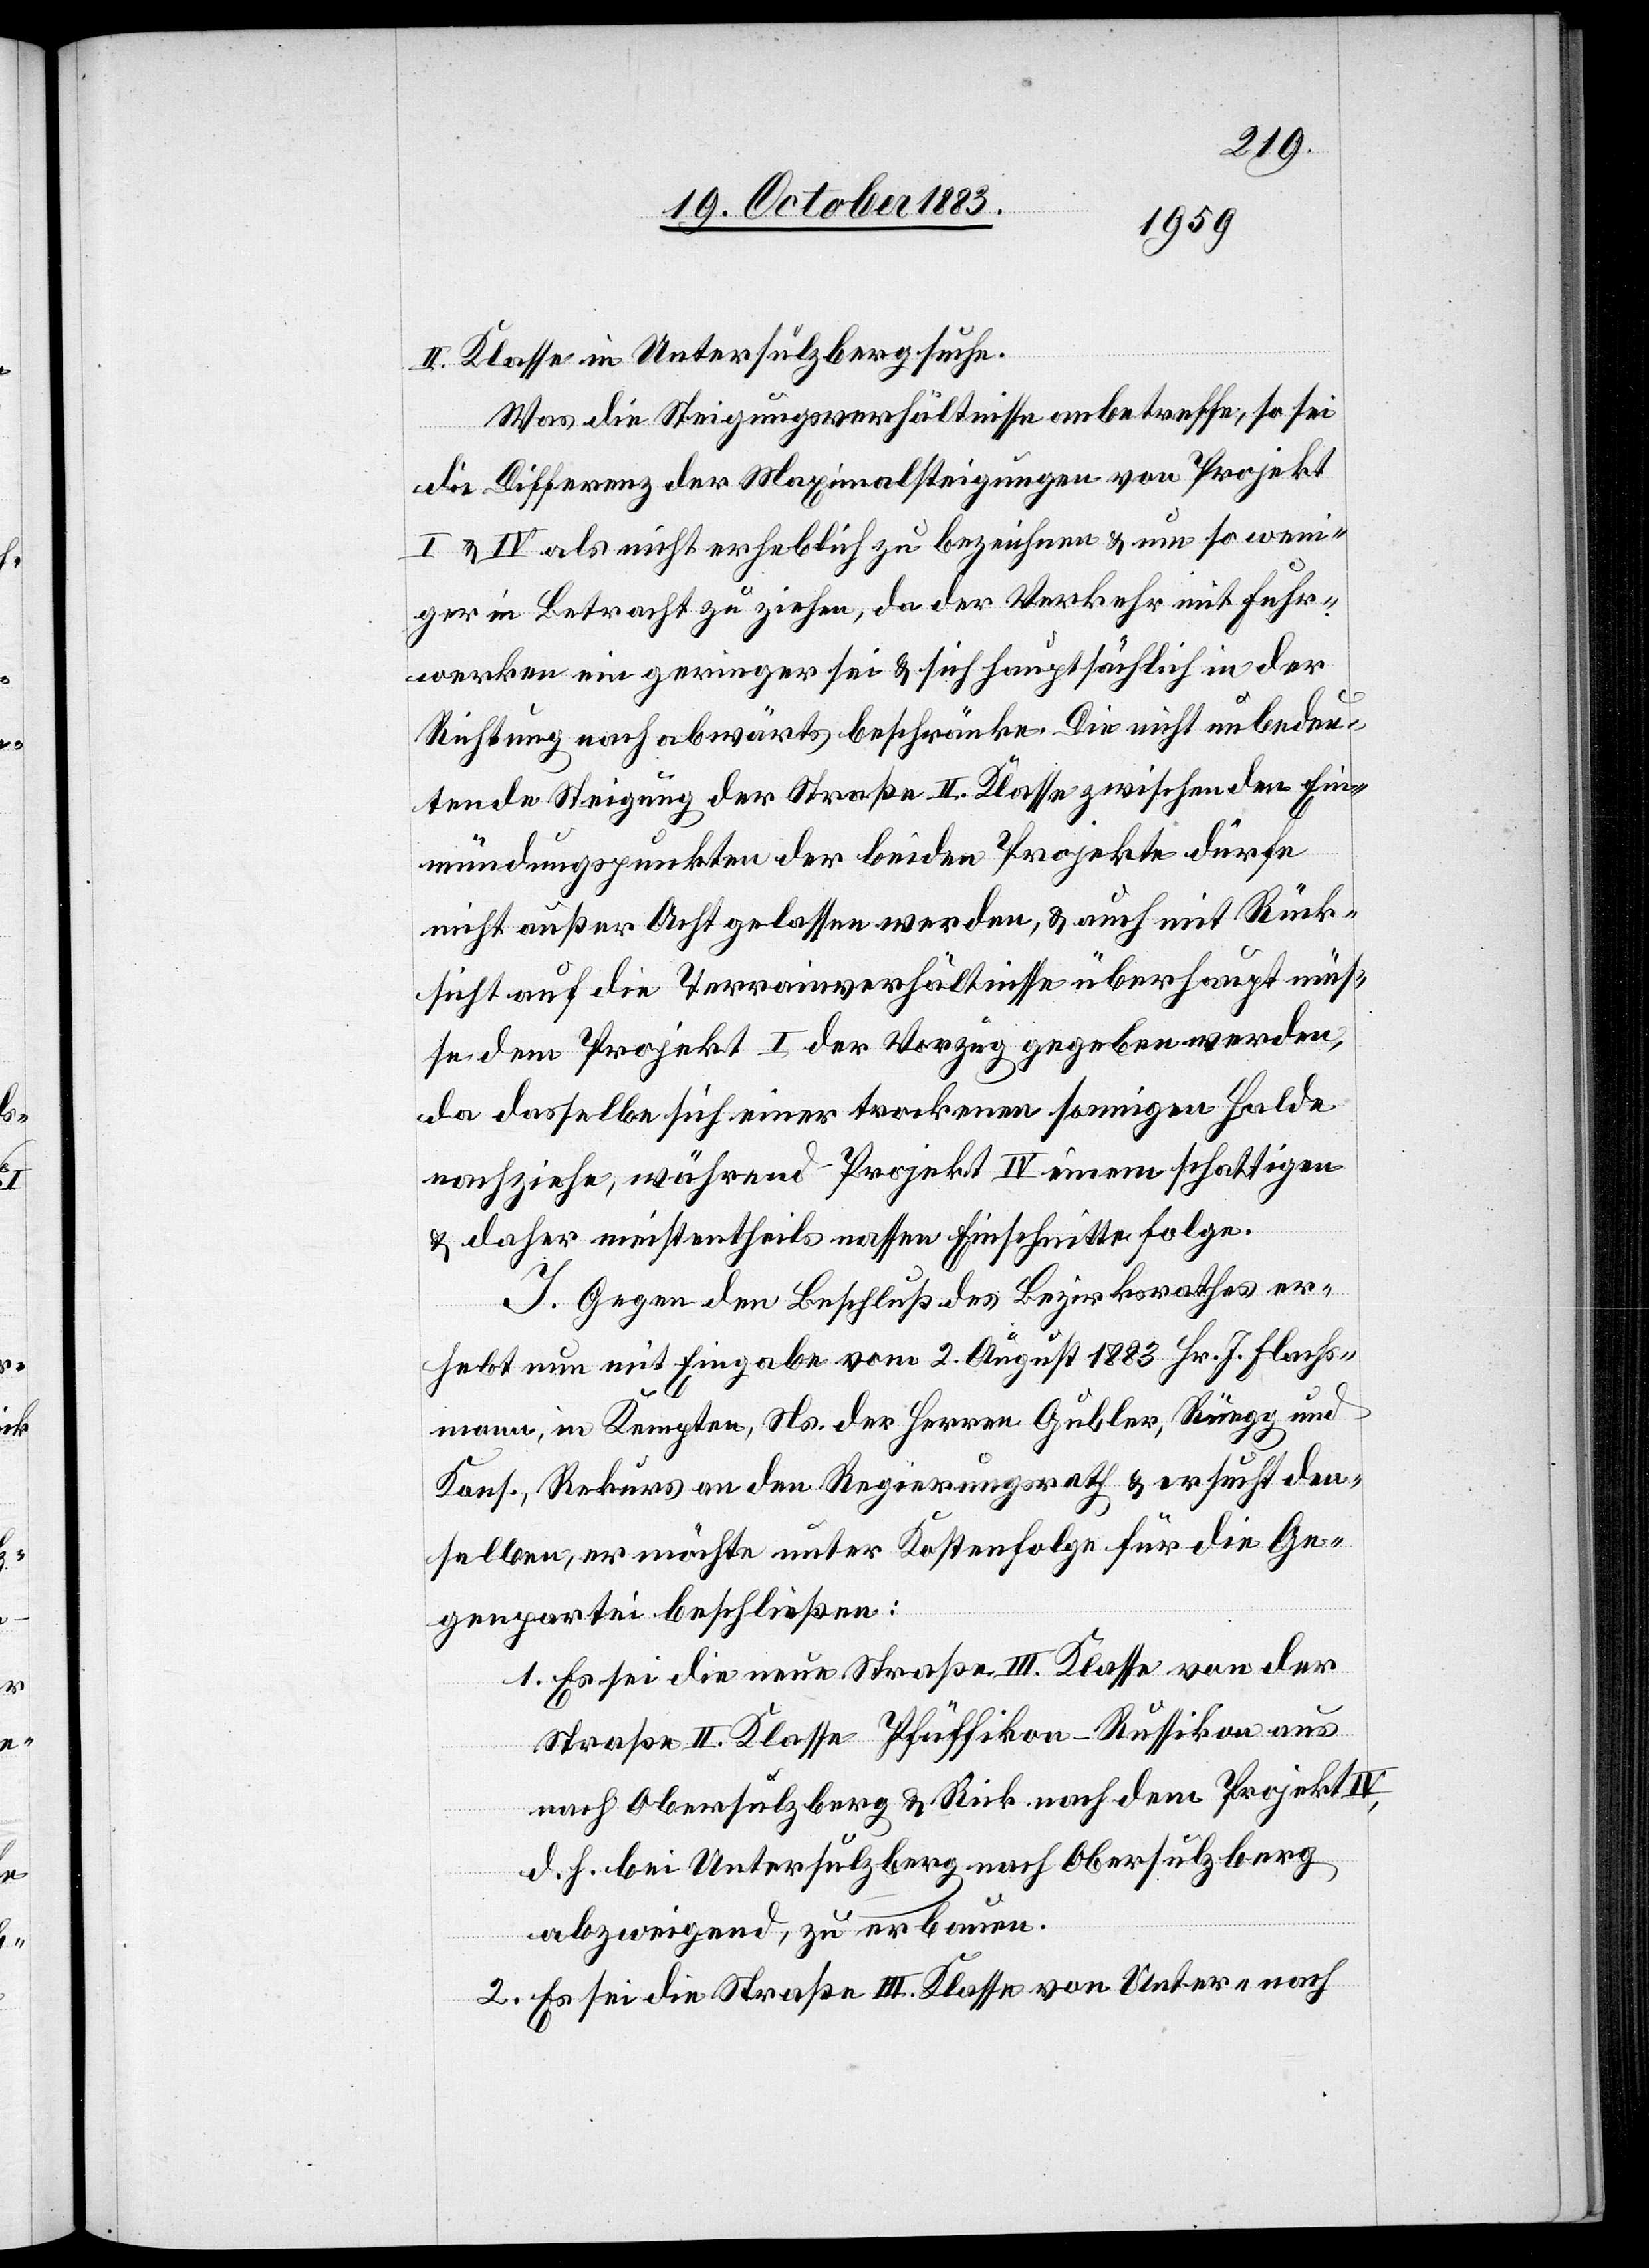
II. Klasse in Untersulzberg suche.
Was die Steigungsverhältnisse anbetreffe, so sei
die Differenz der Maximalsteigungen von Projekt
I & IV als nicht erheblich zu bezeichnen & um so weni¬
ger in Betracht zu ziehen, da der Verkehr mit Fuhr¬
werken ein geringer sei & sich hauptsächlich in der
Richtung nach abwärts beschränke. Die nicht unbedeu¬
tende Steigung der Straße II. Klasse zwischen den Ein¬
mündungspunkten der beiden Projekte dürfe
nicht außer Acht gelassen werden, & auch mit Rück¬
sicht auf die Terrainverhältnisse überhaupt müs¬
se dem Projekt I der Vorzug gegeben werden,
da dasselbe sich einer trockenen sonnigen Halde
nachziehe, während Projekt IV einem schattigen&
daher meistentheils nassen Einschnitte folge.
I. Gegen den Beschluß des Bezirksrathes er¬
hebt nun mit Eingabe vom 2. August 1883 Hr. J. Flachs¬
mann, in Kempten, Ns. der Herren Gubler, Rüegg und
Kons., Rekurs an den Regierungsrath & ersucht den¬
selben, er möchte unter Kostenfolge für die Ge¬
genpartei beschließen:
1. Es sei die neue Straße III. Klasse von der
Straße II. Klasse Pfäffikon–Russikon aus
nach Obersulzberg & Rick nach dem Projekt IV,
d. h. bei Untersulzberg nach Obersulzberg
abzweigend, zu erbauen.
2. Es sei die Straße III. Klasse von Unter- nach